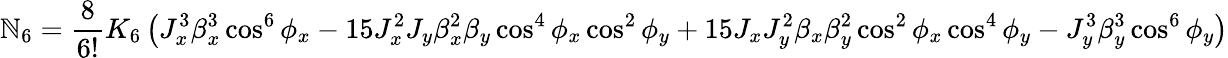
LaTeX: \mathbb{N}_{6}=\frac{{8}}{{6!}}K_{6}\left(J_{x}^{3}\beta_{x}^{3}\cos^{6}{\phi_{x}}-15J_{x}^{2}J_{y}\beta_{x}^{2}\beta_{y}\cos^{4}{\phi_{x}}\cos^{2}{\phi_{y}}+15J_{x}J_{y}^{2}\beta_{x}\beta_{y}^{2}\cos^{2}{\phi_{x}}\cos^{4}{\phi_{y}}-J_{y}^{3}\beta_{y}^{3}\cos^{6}{\phi_{y}}\right)